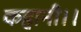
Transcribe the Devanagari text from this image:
कहानी।।